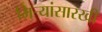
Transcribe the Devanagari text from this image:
मिऱ्यांसारखी